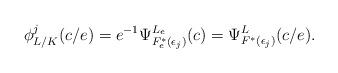
LaTeX: \begin{align*}\phi_{L/K}^j(c/e)&=e^{-1}\Psi_{F_e^*(\epsilon_j)}^{L_e}(c)=\Psi_{F^*(\epsilon_j)}^L(c/e).\end{align*}